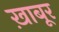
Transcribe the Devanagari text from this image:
ख़ाबूर